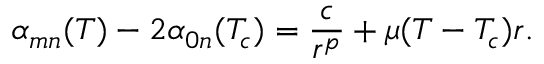
\alpha _ { m n } ( T ) - 2 \alpha _ { 0 n } ( T _ { c } ) = \frac { c } { r ^ { p } } + \mu ( T - T _ { c } ) r .